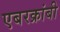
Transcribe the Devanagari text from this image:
एबरक्रांबी